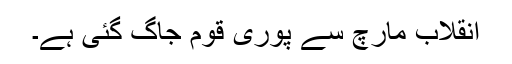
انقلاب مارچ سے پوری قوم جاگ گئی ہے۔